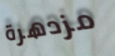
مزدهرة